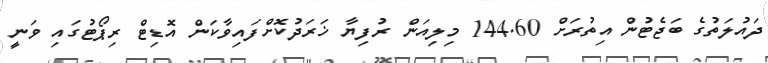
ދައުލަތުގެ ބަޖެޓުން އިތުރަށް 144.60 މިލިއަން ރުފިޔާ ޚަރަދުކޮށްފައިވާކަން އޮޑިޓް ރިޕޯޓުގައި ވަނީ